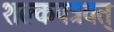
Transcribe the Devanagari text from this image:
शल्कपत्रवत्‌